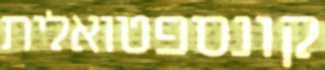
קונספטואלית